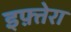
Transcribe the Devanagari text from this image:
इफ़्तेरा